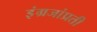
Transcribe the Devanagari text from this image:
इंग्रजांप्रती